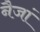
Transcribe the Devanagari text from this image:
नैजां